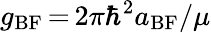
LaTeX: g_{\mathrm{BF}}\, {=}\, 2\pi\hbar^{2}a_{\mathrm{BF}}/\mu